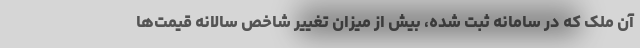
آن ملک که در سامانه ثبت شده، بیش از میزان تغییر شاخص سالانه قیمت‌ها